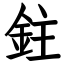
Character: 鉒